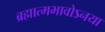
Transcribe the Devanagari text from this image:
ब्रह्मात्मभावोऽनया